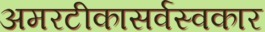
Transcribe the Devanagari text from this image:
अमरटीकासर्वस्वकार